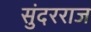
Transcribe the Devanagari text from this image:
सुंदरराज